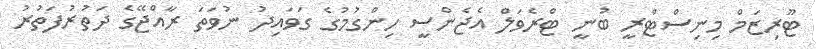
ޓޫރިޒަމް މިނިސްޓްރީ ބުނީ ޓްރެވަލް އެޖެންސީ ހިންގުމުގެ ގަވައިދު ނުވަތަ ރާއްޖޭގެ ދަތުރުފަތުރު